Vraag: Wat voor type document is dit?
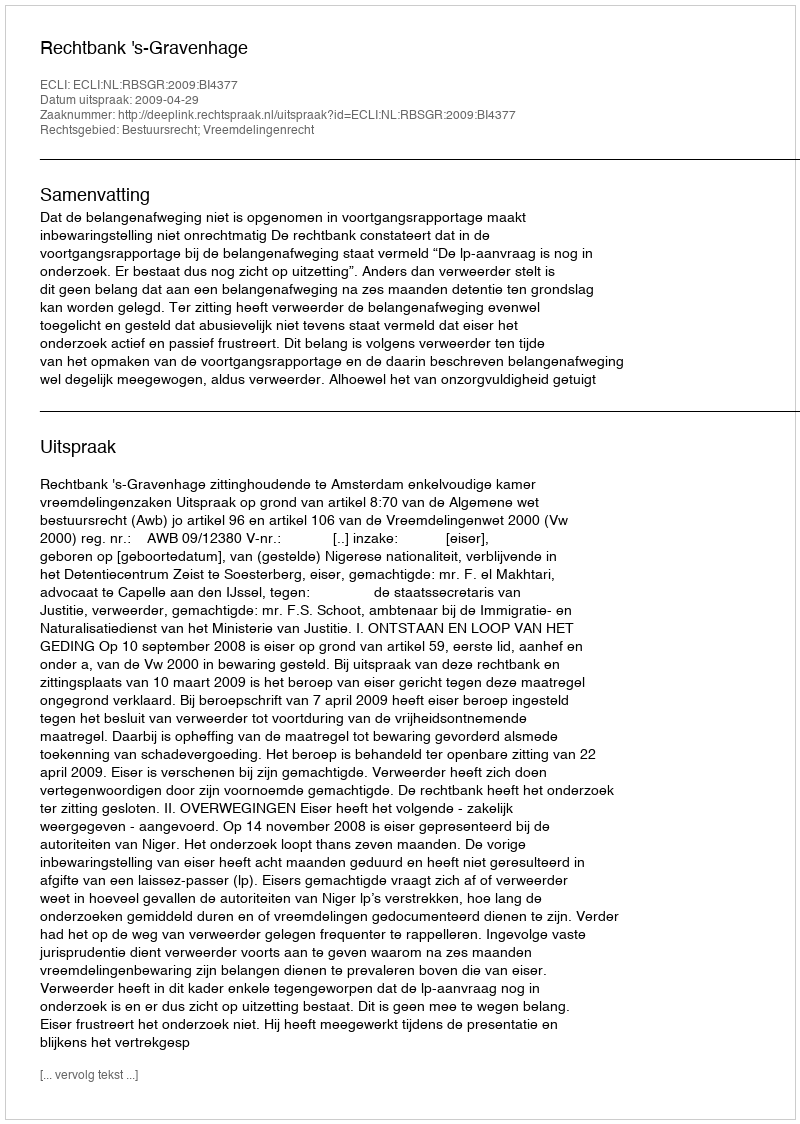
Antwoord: Uitspraak